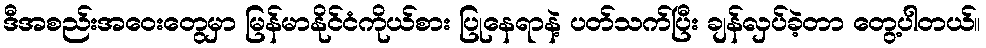
ဒီအစည်းအဝေးတွေမှာ မြန်မာနိုင်ငံကိုယ်စား ပြုနေရာနဲ့ ပတ်သက်ပြီး ချန်လှပ်ခဲ့တာ တွေ့ပါတယ်။